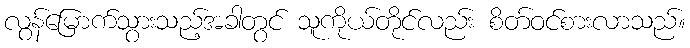
လွန်မြောက်သွားသည့်အခါတွင် သူကိုယ်တိုင်လည်း စိတ်ဝင်စားလာသည်။